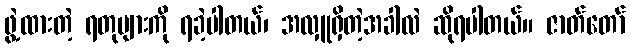
ဖွဲ့ထားတဲ့ ရတုများကို ရခဲ့ပါတယ်၊ အလှူရှိတဲ့အခါလဲ ဆိုရပါတယ်။ ဇာတ်တော်